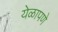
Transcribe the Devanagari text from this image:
येळापणे